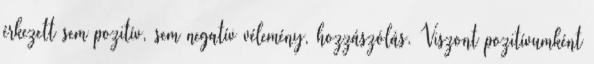
érkezett sem pozitív, sem negatív vélemény, hozzászólás. Viszont pozitívumként